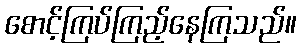
စောင့်ကြပ်ကြည့်နေကြသည်။